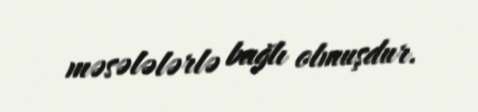
məsələlərlə bağlı olmuşdur.